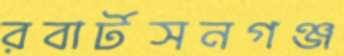
রবার্টসনগঞ্জ